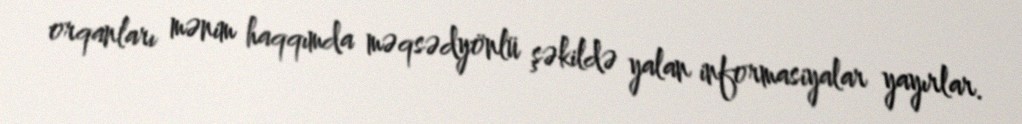
orqanları mənim haqqımda məqsədyönlü şəkildə yalan informasiyalar yayırlar.